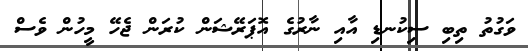
ވަގުތު ތިބި ސިކުނޑި އާއި ނާރުގެ އޮޕަރޭޝަން ކުރަން ޖެހޭ މީހުން ވެސް